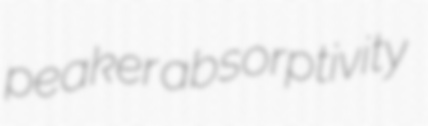
peaker absorptivity